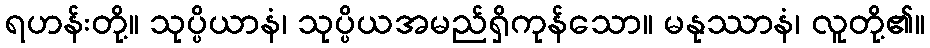
ရဟန်းတို့။ သုပ္ပိယာနံ၊ သုပ္ပိယအမည်ရှိကုန်သော။ မနုဿာနံ၊ လူတို့၏။